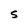
Character: S